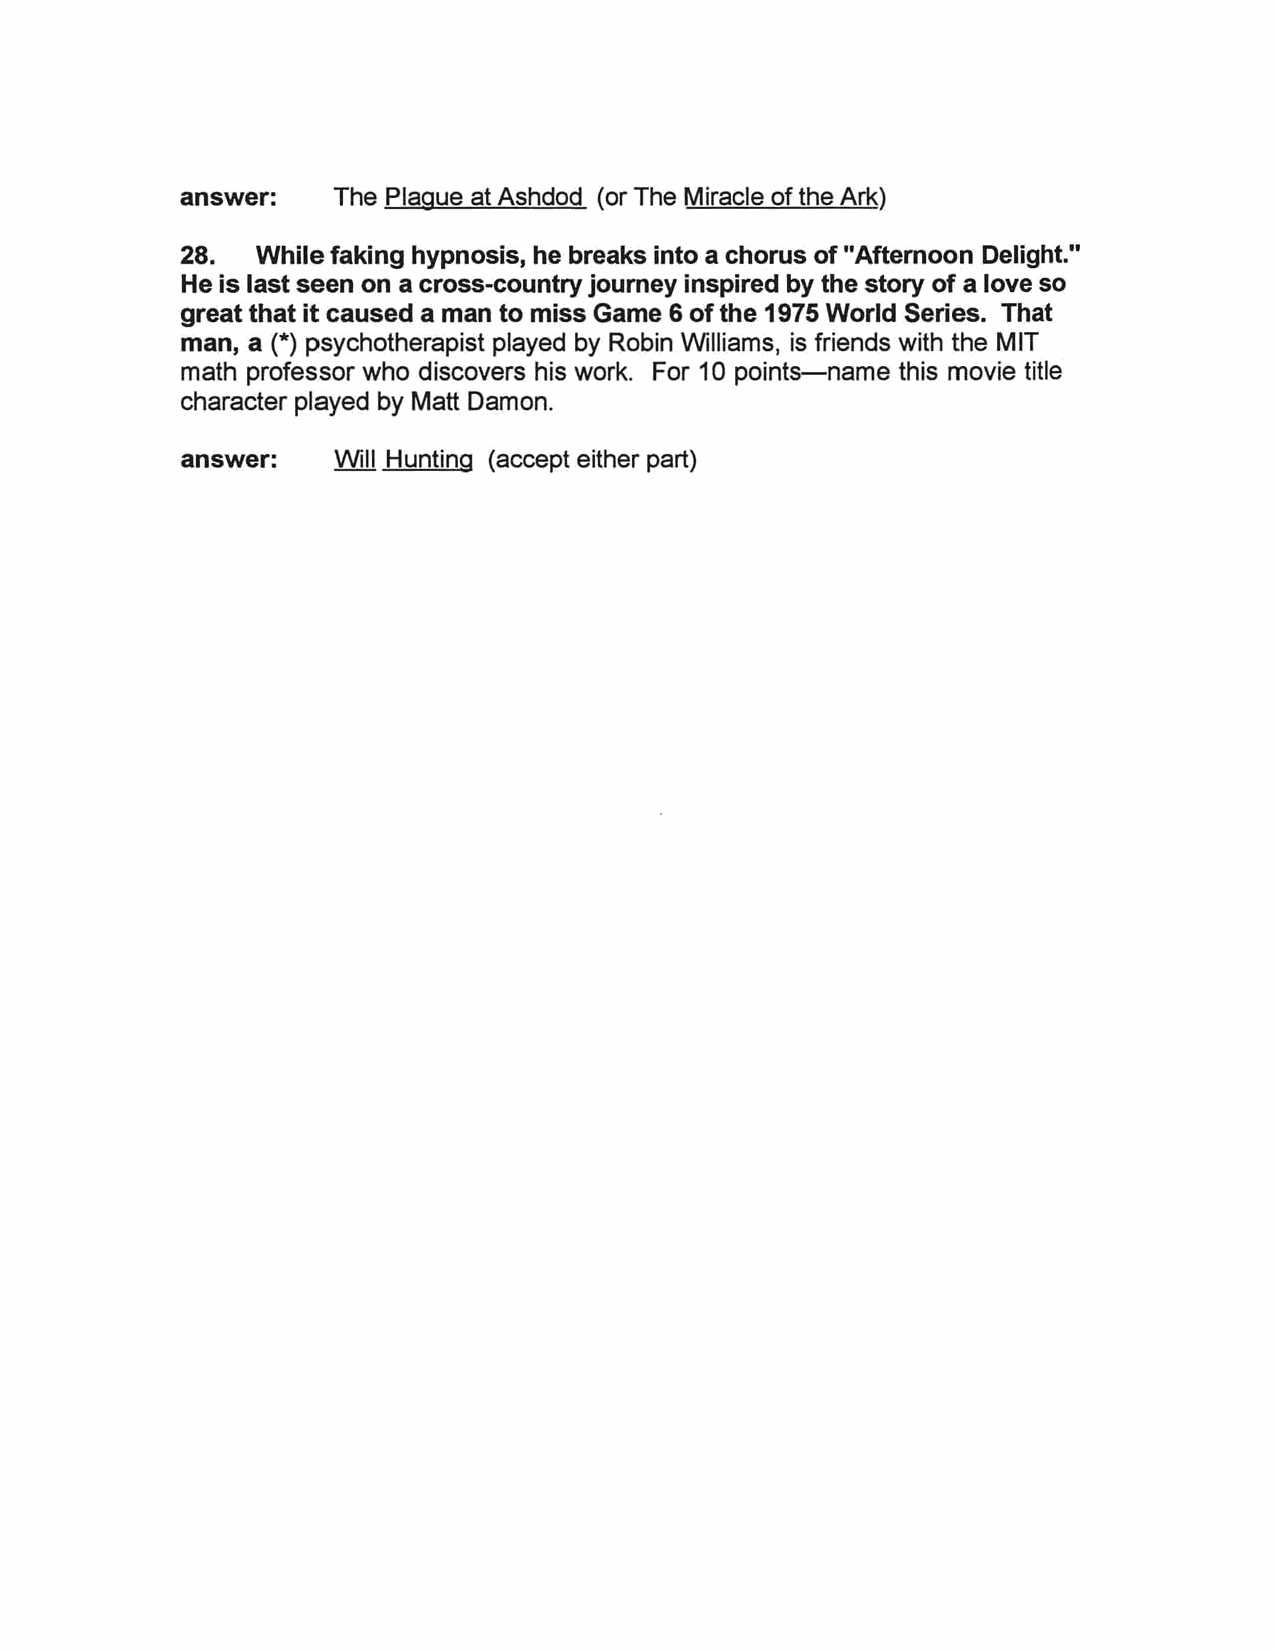
answer:   The Plague at Ashdod (or The Miracle of the Ark)
 28.  While faking hypnosis, he breaks into a chorus of "Afternoon Delight."
 He is last seen on a cross-country journey inspired by the story of a love so
 great that it caused a man to miss Game 6 of the 1975 World Series. That
 man, a (*) psychotherapist played by Robin Williams, is friends with the MIT
 math professor who discovers his work. For 10 points-name this movie title
 character played by Matt Damon.
 answer:   Will Hunting (accept either part)